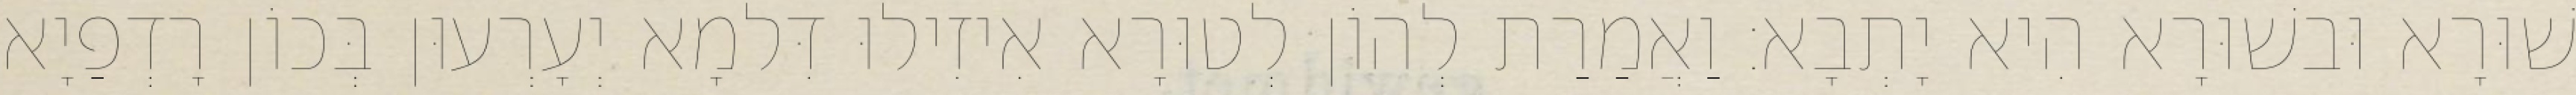
שׁוּרָא וּבשׁוּרָא הִיא יָתְבָא׃ וַאֲמַרַת לְהוֹן לְטוּרָא אִיזִילוּ דִּלמָא יְעָרְעוּן בְּכוֹן רָדְפַיָא